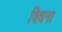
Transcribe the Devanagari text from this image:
विधना